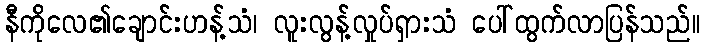
နီကိုလေ၏ချောင်းဟန့်သံ၊ လူးလွန့်လှုပ်ရှားသံ ပေါ်ထွက်လာပြန်သည်။